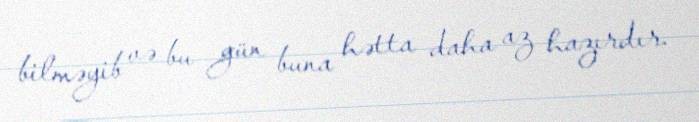
bilməyib və bu gün buna hətta daha az hazırdır.